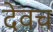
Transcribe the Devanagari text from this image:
देवच